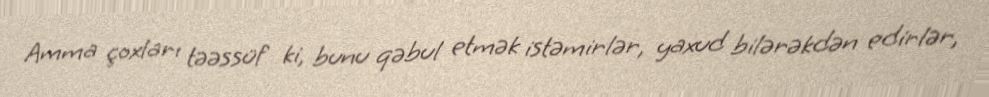
Amma çoxları təəssüf ki, bunu qəbul etmək istəmirlər, yaxud bilərəkdən edirlər,